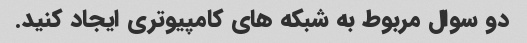
دو سوال مربوط به شبکه های کامپیوتری ایجاد کنید.